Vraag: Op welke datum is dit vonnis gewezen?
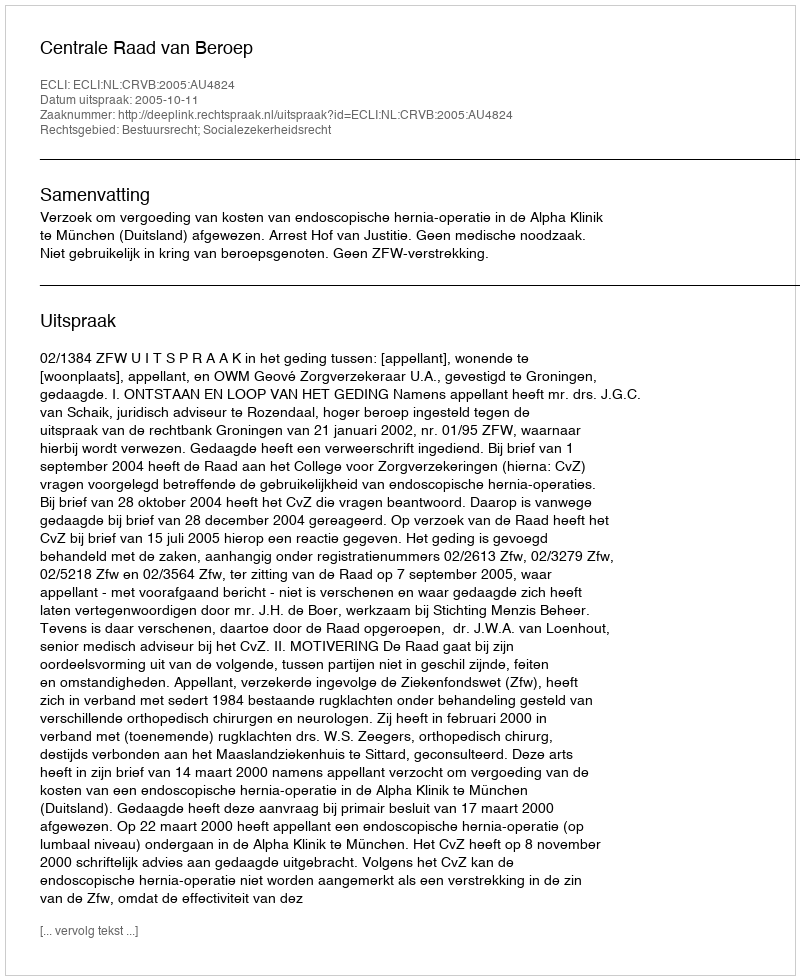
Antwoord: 2005-10-11